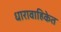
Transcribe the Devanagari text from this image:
धारावाहिकेत